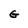
Character: G